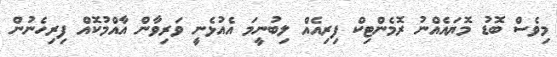
މިވެސް ބޮޑު މޮޔައެއްނު ރޮމެންޓިކް ފިރިއެއް ލިބުނީމަ އެއުޅެނީ ވަރިވާން އާއްމުކޮއް ފިރިހެނުން